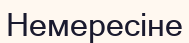
Немересіне